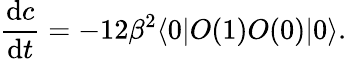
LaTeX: {\frac{\mathrm{d}c}{\mathrm{d}t}}=-12\beta^{2}\langle 0|O(1)O(0)|0\rangle.